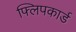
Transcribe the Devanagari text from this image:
फ्लिपकार्ड